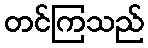
တင်ကြသည်